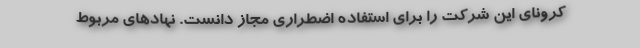
کرونای این شرکت را برای استفاده اضطراری مجاز دانست. نهادهای مربوط